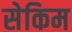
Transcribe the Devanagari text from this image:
सेकिम